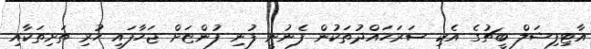
އާޓިފިޝަލް ބީޗުގެ އެކި ސަރަހައްދުތަކުން ފެނުނީ ފުނި ފުންޏަށް ޖަހާފައި ހުރި ތަށިތަކާއި